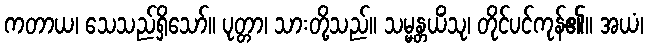
ကတာယ၊ သေသည်ရှိသော်။ ပုတ္တာ၊ သားတို့သည်။ သမ္မန္တယိံသု၊ တိုင်ပင်ကုန်၏။ အယံ၊